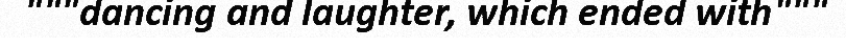
"""dancing and laughter, which ended with"""